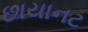
છાયાનટ